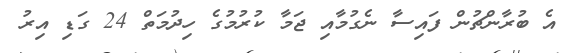
އެ ބުރާންޗުން ފައިސާ ނެގުމާއި ޖަމާ ކުރުމުގެ ހިދުމަތް 24 ގަޑި އިރު